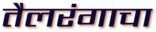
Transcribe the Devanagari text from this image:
तैलरंगाचा